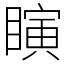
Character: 瞚